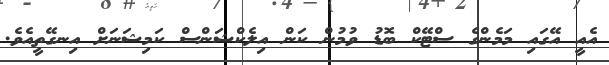
އެއީ އޭގައި މަމެންގެ ސްޓޭކް ބޮޑު ވުމުން ކަން އިލެކްޝަންސް ކަމިޝަނަށް އިނގޭތީއެވެ.